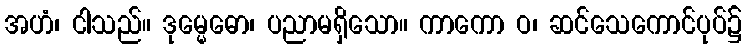
အဟံ၊ ငါသည်။ ဒုမ္မေဓော၊ ပညာမရှိသော။ ကာကော ဝ၊ ဆင်သေကောင်ပုပ်၌